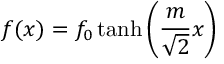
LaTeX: f ( x ) = f _ { 0 } \operatorname { t a n h } \left( { \frac { m } { \sqrt { 2 } } } x \right)